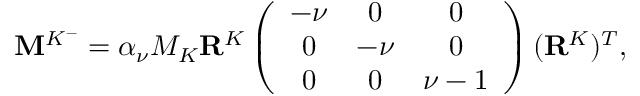
\mathbf { M } ^ { K ^ { - } } = \alpha _ { \nu } M _ { K } \mathbf { R } ^ { K } \left( \begin{array} { c c c } { - \nu } & { 0 } & { 0 } \\ { 0 } & { - \nu } & { 0 } \\ { 0 } & { 0 } & { \nu - 1 } \end{array} \right) ( \mathbf { R } ^ { K } ) ^ { T } ,